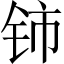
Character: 铈